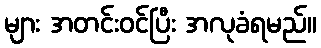
များ အတင်းဝင်ပြီး အလုခံရမည်။